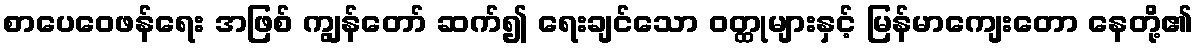
စာပေဝေဖန်ရေး အဖြစ် ကျွန်တော် ဆက်၍ ရေးချင်သော ဝတ္ထုများနှင့် မြန်မာကျေးတော နေတို့၏